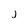
Character: j